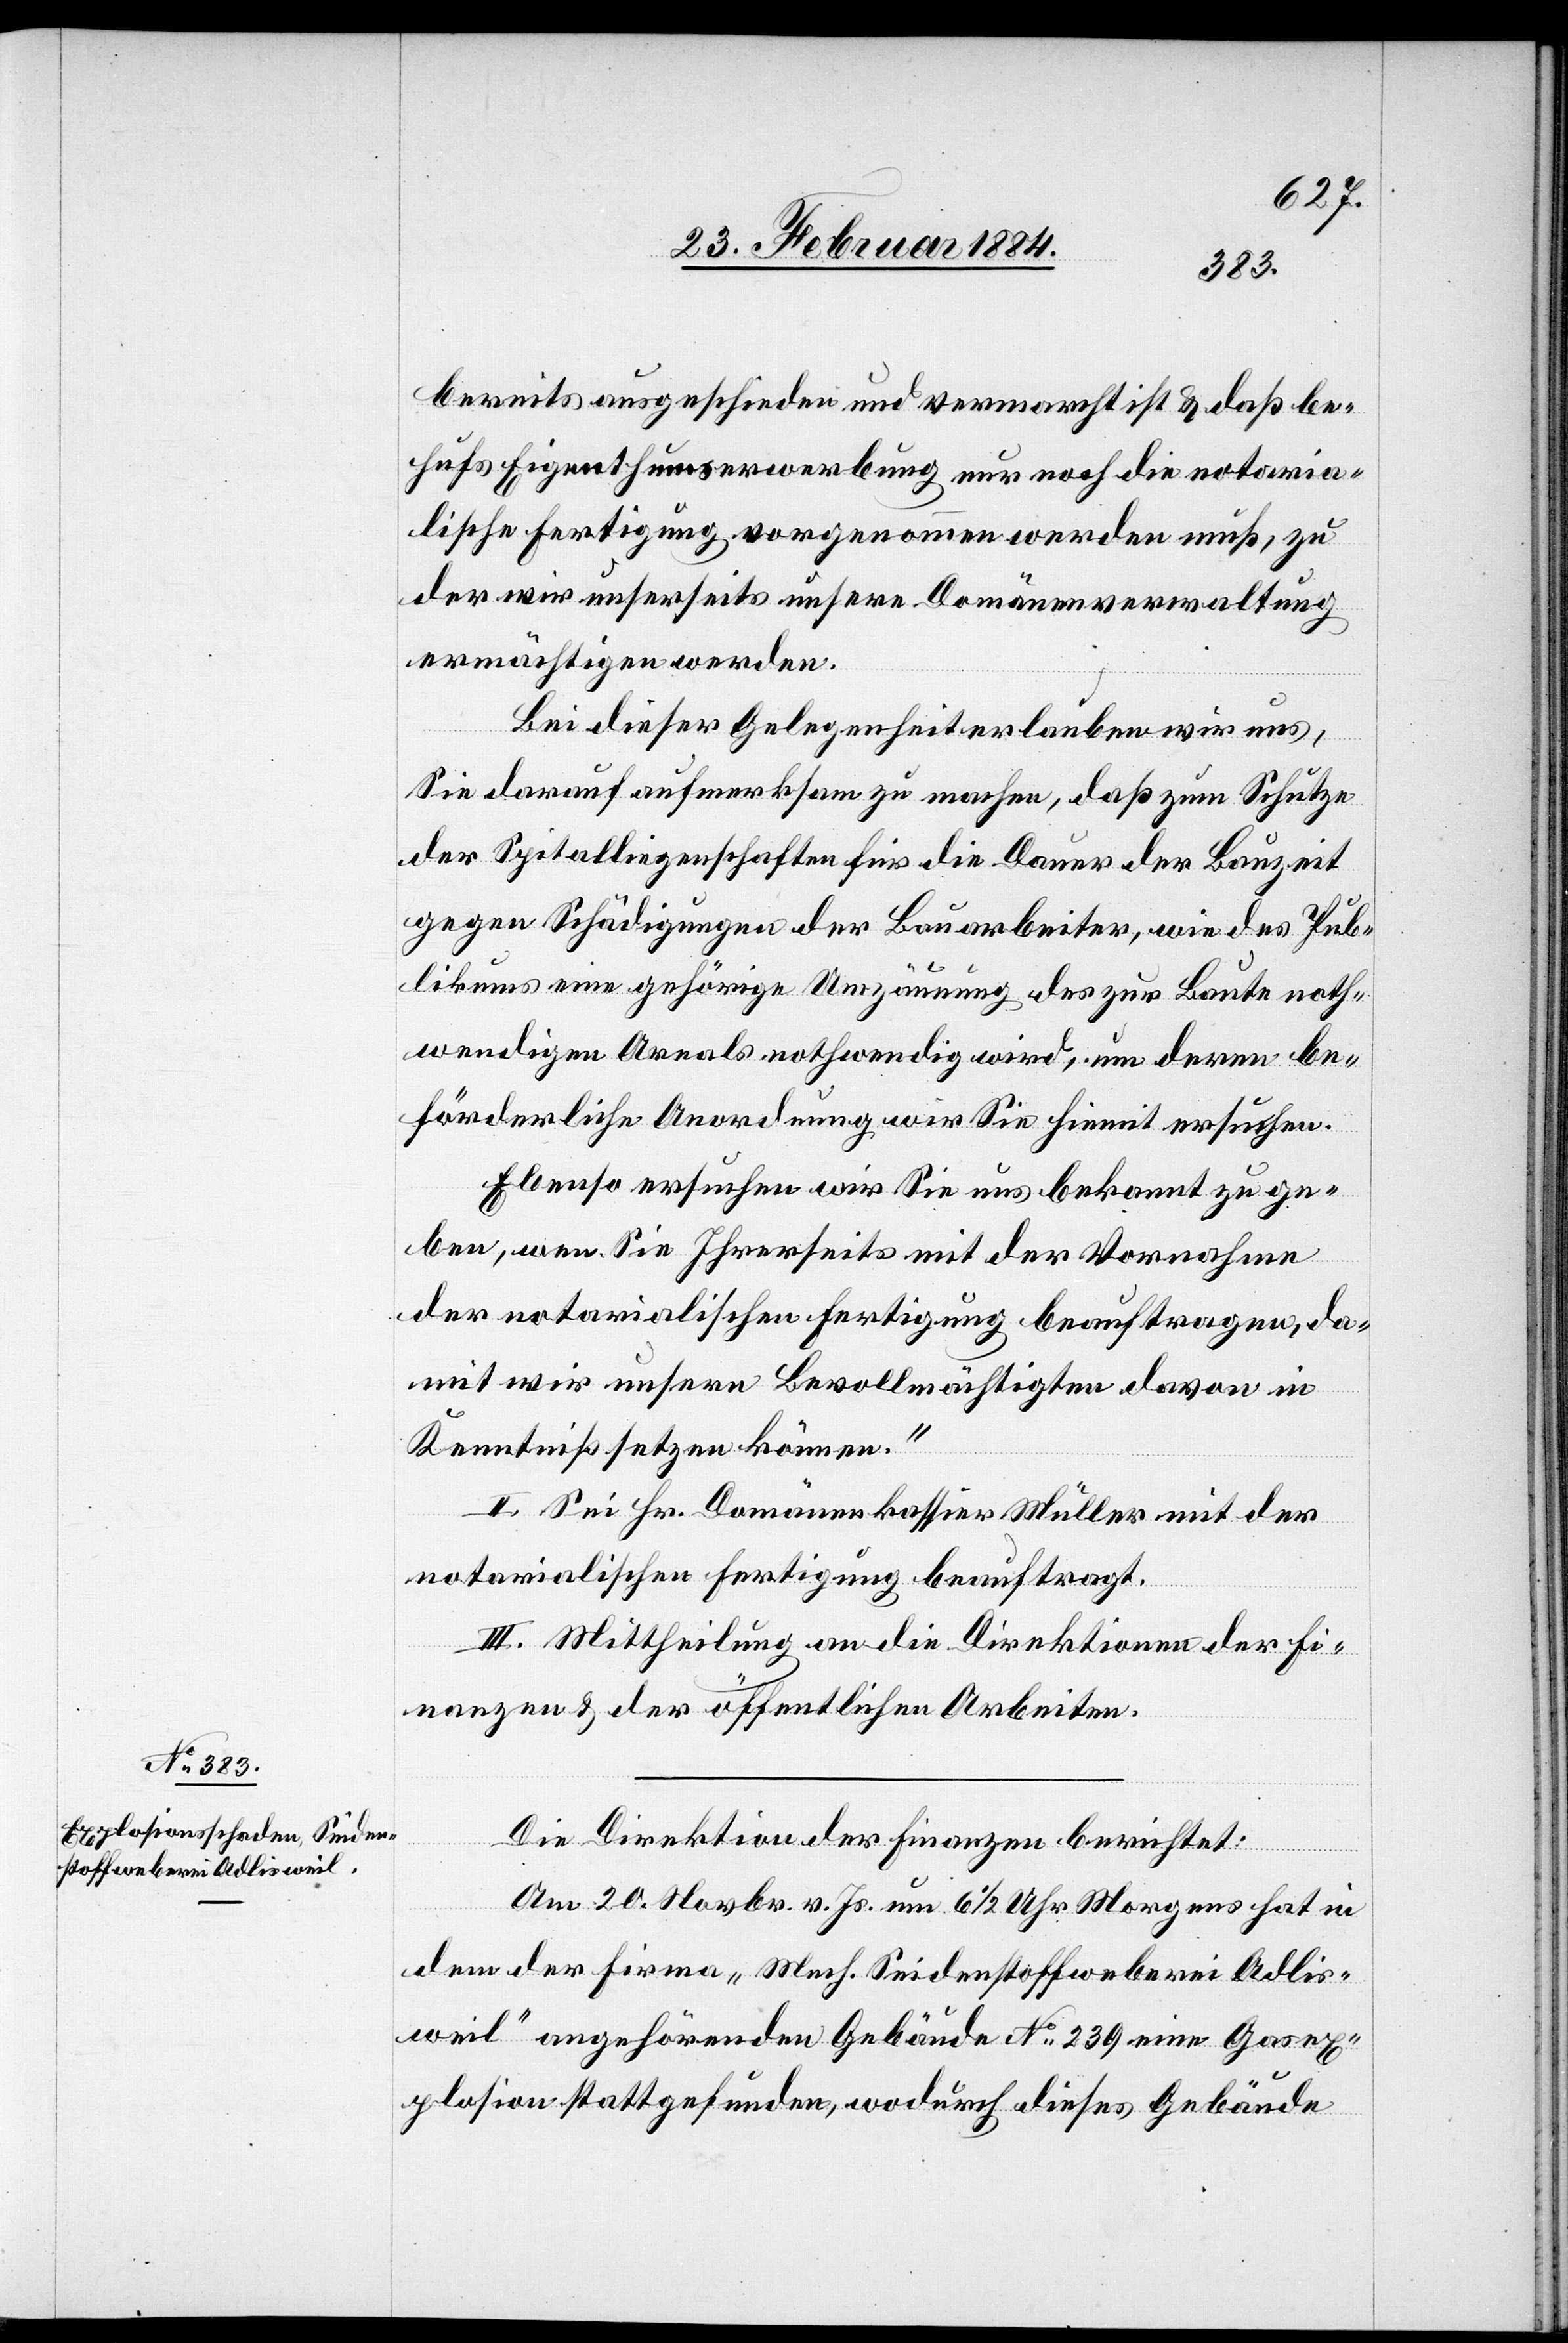
bereits ausgeschieden und vermarcht ist & daß be¬
hufs Eigenthumserwerbung nur noch die notaria¬
lische Fertigung vorgenommen werden muß, zu
der wir unserseits unsere Domänenverwaltung
ermächtigen werden.
Bei dieser Gelegenheit erlauben wir uns,
Sie darauf aufmerksam zu machen, daß zum Schutze
der Spitalliegenschaften für die Dauer der Bauzeit
gegen Schädigungen der Bauarbeiter, wie des Pub¬
likums eine gehörige Umzäunung des zur Baute noth¬
wendigen Areals nothwendig wird, um deren be¬
förderliche Anordnung wir Sie hiemit ersuchen.
Ebenso ersuchen wir Sie uns bekannt zu ge¬
ben, wen Sie Ihrerseits mit der Vornahme
der notarialischen Fertigung beauftragen, da¬
mit wir unsere Bevollmächtigten davon in
Kenntniß setzen können.“
II. Sei Hr. Domänenkassier Müller mit der
notarialischen Fertigung beauftragt.
III. Mittheilung an die Direktion der Fi¬
nanzen & der öffentlichen Arbeiten.
Die Direktion der Finanzen berichtet:
Am 20. Novbr. v. Js. um 6 1/2 Uhr Morgens hat in
dem der Firma „Mech. Seidenstoffweberei Adlis¬
weil“ angehörende Gebäude No 239 eine Gasex¬
plosion stattgefunden, wodurch dieses Gebäude